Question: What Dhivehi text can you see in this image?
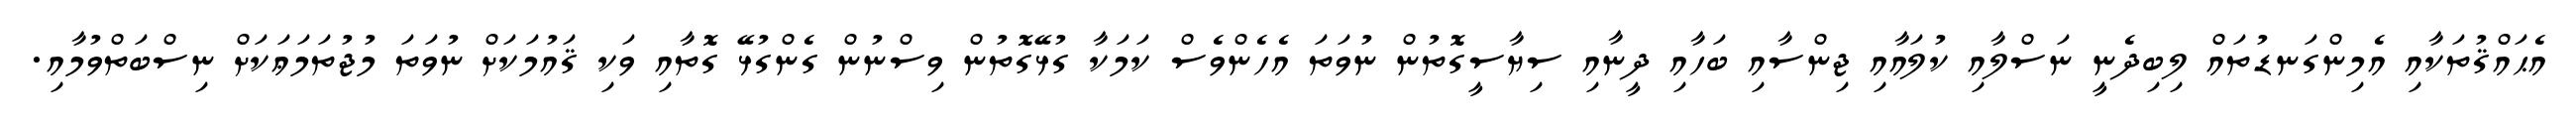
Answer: އެޙައްޤުތަކާއި އެމިންގަނޑުތައް ލިބިދެނީ ނަސްލާއި ކުލައާއި ޖިންސާއި ބަހާއި ދީނާއި ސިޔާސީގޮތުން ނުވަތަ އެހެންވެސް ކަމަކާ ގުޅޭގޮތުން ވިސްނުން ގެންގުޅޭ ގޮތާއި ވަކި ޤައުމަކަށް ނުވަތަ މުޖުތަމަޢަކަށް ނިސްބަތްވުމާއި.